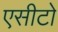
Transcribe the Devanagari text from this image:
एसीटो